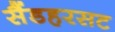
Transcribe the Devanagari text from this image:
सैंडहरसट